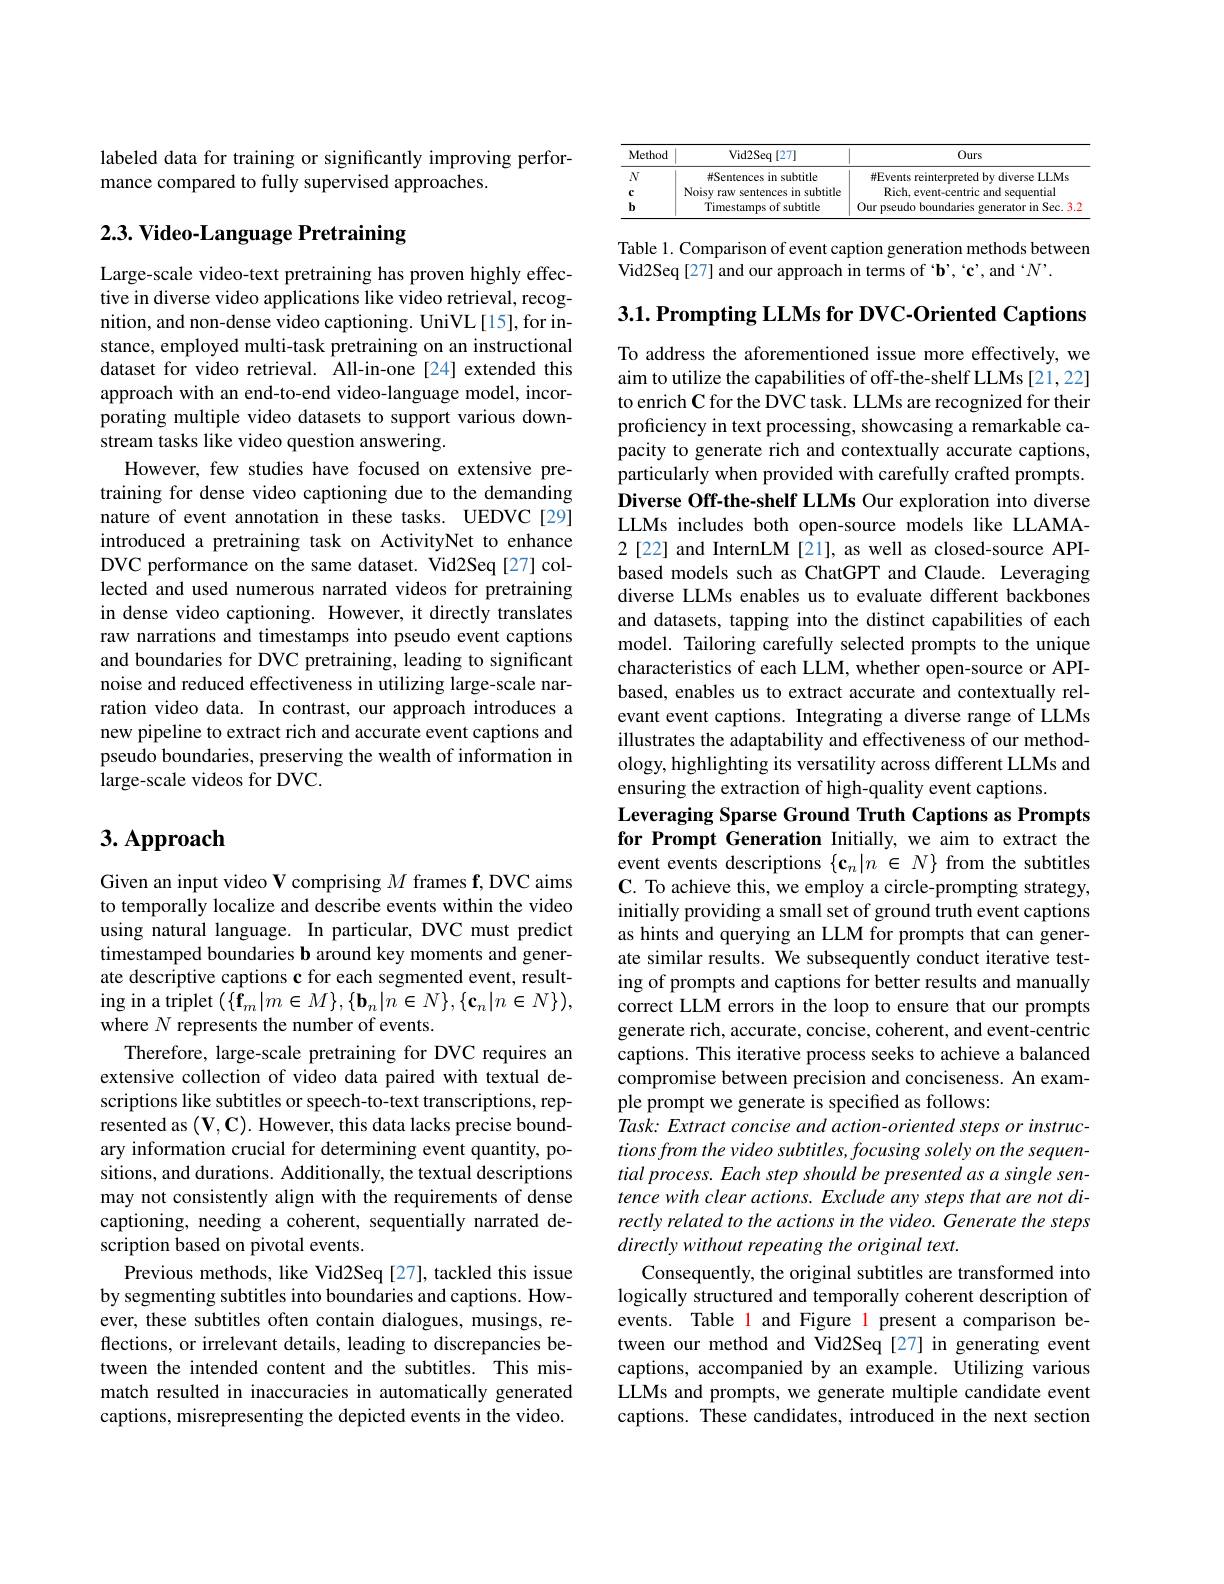
labeled data for training or significantly improving perfor-
mance compared to fully supervised approaches.

# 2.3. Video- Language Pretraining

Large-scale video-text pretraining has proven highly effective in diverse video applications like video retrieval, recognition, and non-dense video captioning. UniVL[15], for instance, employed multi-task pretraining on an instructional dataset for video retrieval. All-in-one[24] extended this approach with an end-to-end video-language model, incorporating multiple video datasets to support various downstream tasks like video question answering.
However, few studies have focused on extensive pretraining for dense video captioning due to the demanding nature of event annotation in these tasks. UEDVC[29] introduced a pretraining task on ActivityNet to enhance DVC performance on the same dataset. Vid2Seq[27] collected and used numerous narrated videos for pretraining in dense video captioning. However, it directly translates raw narrations and timestamps into pseudo event captions and boundaries for DVC pretraining, leading to significant noise and reduced effectiveness in utilizing large-scale narration video data. In contrast, our approach introduces a new pipeline to extract rich and accurate event captions and pseudo boundaries, preserving the wealth of information in large-scale videos for DVC.

# 3. Approach

Given an input video V comprising $M$ frames f, DVC aims to temporally localize and describe events within the video using natural language. In particular, DVC must predict timestamped boundaries b around key moments and generate descriptive captions c for each segmented event, resulting in a triplet $(\{\bar{\mathbf{f}}_{m}|m\in M\},\{\mathbf{b}_{n}|n\in N\},\{\mathbf{c}_{n}|n\in N\})$, where $N$ represents the number of events.
Therefore, large-scale pretraining for DVC requires an extensive collection of video data paired with textual descriptions like subtitles or speech-to-text transcriptions, represented as $(\mathbf{V},\mathbf{C}).$ However, this data lacks precise boundary information crucial for determining event quantity, positions, and durations. Additionally, the textual descriptions may not consistently align with the requirements of dense captioning, needing a coherent, sequentially narrated description based on pivotal events.
Previous methods, like Vid2Seq [27], tackled this issue by segmenting subtitles into boundaries and captions. However, these subtitles often contain dialogues, musings, reflections, or irrelevant details, leading to discrepancies between the intended content and the subtitles. This mismatch resulted in inaccuracies in automatically generated captions, misrepresenting the depicted events in the video.

<table>
	<tbody>
		<tr>
			<th>Method</th>
			<th>Vid2Seq[27]</th>
			<th>Ours</th>
		</tr>
		<tr>
			<td>$N$</td>
			<td>#Sentences in subtitle</td>
			<td>#Events reinterpreted by diverse LLMs</td>
		</tr>
		<tr>
			<td>$c$</td>
			<td>Noisy raw sentences in subtitle</td>
			<td>Rich amd SPE lential</td>
		</tr>
		<tr>
			<td>$b$</td>
			<td>Timestamps of subtitle</td>
			<td>Sec</td>
		</tr>
	</tbody>
</table>

Table 1. Comparison of event caption generation methods between
Vid2Seq[27] and our approach in terms of 'b', `c', and 'N'.

To address the aforementioned issue more effectively, we aim to utilize the capabilities of off-the-shelf LLMs [21,22] to enrich C for the DVC task. LLMs are recognized for their proficiency in text processing, showcasing a remarkable capacity to generate rich and contextually accurate captions, particularly when provided with carefully crafted prompts. Diverse Off-the-shelf LLMs Our exploration into diverse LLMs includes both open-source models like LLAMA- 2[22] and InternLM [21], as well as closed-source APIbased models such as ChatGPT and Claude. Leveraging diverse LLMs enables us to evaluate different backbones and datasets, tapping into the distinct capabilities of each model. Tailoring carefully selected prompts to the unique characteristics of each LLM, whether open-source or APIbased, enables us to extract accurate and contextually relevant event captions. Integrating a diverse range of LLMs illustrates the adaptability and effectiveness of our methodology, highlighting its versatility across different LLMs and ensuring the extraction of high-quality event captions.
Leveraging Sparse Ground Truth Captions as Prompts

$3. 1. \textbf{ Prompting LLMs for DVC- Oriented Captions}$ for Prompt Generation Initially, we aim to extract the event events descriptions $\{\mathbf{c}_n|n\in N\}$ from the subtitles $\mathbf{C}.$ To achieve this, we employ a circle-prompting strategy, initially providing a small set of ground truth event captions as hints and querying an LLM for prompts that can generate similar results. We subsequently conduct iterative testing of prompts and captions for better results and manually correct LLM errors in the loop to ensure that our prompts generate rich, accurate, concise, coherent, and event-centric captions. This iterative process seeks to achieve a balanced compromise between precision and conciseness. An example prompt we generate is specified as follows:
$Task:Extract$ concise and action-oriented steps or instructions from the video subtitles, focusing solely on the sequential process. Each step should be presented as a single sentence with clear actions. Exclude any steps that are not directly related to the actions in the video. Generate the steps directly without repeating the original text.
Consequently, the original subtitles are transformed into logically structured and temporally coherent description of events. Table 1 and Figure l present a comparison between our method and Vid2Seq [27] in generating event captions, accompanied by an example. Utilizing various LLMs and prompts, we generate multiple candidate event captions. These candidates, introduced in the next section